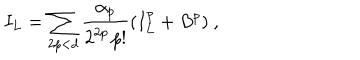
I _ { L } = \sum _ { 2 p < d } \frac { \alpha _ { p } } { 2 ^ { 2 p } \, p ! } ( I _ { L } ^ { p } + B ^ { p } ) \ ,